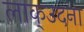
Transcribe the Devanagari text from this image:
लाक्उदना